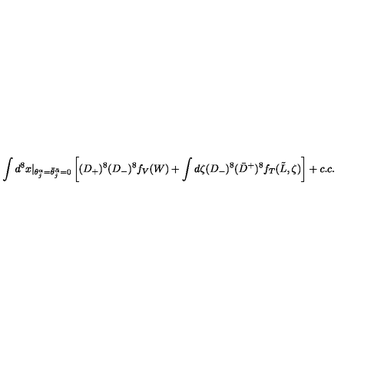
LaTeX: \int d ^ { 8 } x \vert _ { \theta _ { j } ^ { \alpha } = \bar { \theta } _ { j } ^ { \bar { \alpha } } = 0 } \left[ ( D _ { + } ) ^ { 8 } ( D _ { - } ) ^ { 8 } f _ { V } ( W ) + \int d \zeta ( D _ { - } ) ^ { 8 } ( \bar { D } ^ { + } ) ^ { 8 } f _ { T } ( \tilde { L } , \zeta ) \right] + c . c .